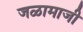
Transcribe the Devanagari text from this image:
जळामाजी